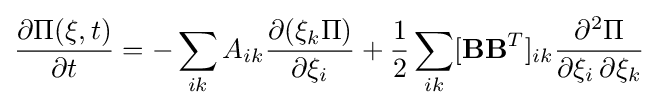
{\frac {\partial \Pi (\mathbf {\xi } ,t)}{\partial t}}=-\sum _{ik}A_{ik}{\frac {\partial (\xi _{k}\Pi )}{\partial \xi _{i}}}+{\frac {1}{2}}\sum _{ik}[\mathbf {BB} ^{T}]_{ik}{\frac {\partial ^{2}\Pi }{\partial \xi _{i}\,\partial \xi _{k}}}